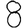
Digit: 8